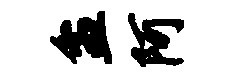
盆阿